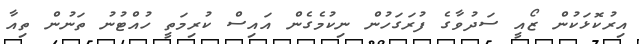
އިރުކޮޅަކުން ޒޯއީ ސަދުވާގެ ފުރަގަހުން ނިކުމެގެން އައިސް ކުރިމަތީ ހުއްޓުނު ތަނުން ތިއާ